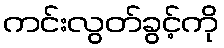
ကင်းလွတ်ခွင့်ကို